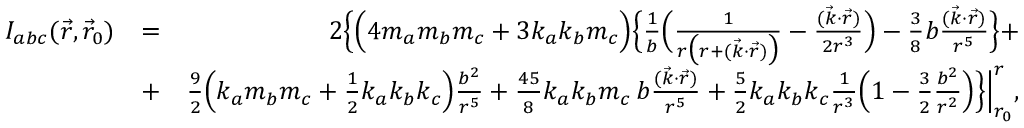
\begin{array} { r l r } { { \cal I } _ { a b c } ( \vec { r } , \vec { r } _ { 0 } ) } & { = } & { 2 \Big \{ \Big ( 4 m _ { a } m _ { b } m _ { c } + 3 k _ { a } k _ { b } m _ { c } \Big ) \Big \{ \frac { 1 } { b } \Big ( \frac { 1 } { r \big ( r + ( \vec { k } \cdot \vec { r } ) \big ) } - \frac { ( \vec { k } \cdot \vec { r } ) } { 2 r ^ { 3 } } \Big ) - { \textstyle \frac { 3 } { 8 } } b \frac { ( \vec { k } \cdot \vec { r } ) } { r ^ { 5 } } \Big \} + } \\ & { + } & { { \textstyle \frac { 9 } { 2 } } \Big ( k _ { a } m _ { b } m _ { c } + { \textstyle \frac { 1 } { 2 } } k _ { a } k _ { b } k _ { c } \Big ) \frac { b ^ { 2 } } { r ^ { 5 } } + { \textstyle \frac { 4 5 } { 8 } } k _ { a } k _ { b } m _ { c } \, b \frac { ( \vec { k } \cdot \vec { r } ) } { r ^ { 5 } } + { \textstyle \frac { 5 } { 2 } } k _ { a } k _ { b } k _ { c } \frac { 1 } { r ^ { 3 } } \Big ( 1 - { \textstyle \frac { 3 } { 2 } } \frac { b ^ { 2 } } { r ^ { 2 } } \Big ) \Big \} \Big | _ { r _ { 0 } } ^ { r } , } \end{array}